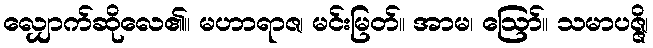
လျှောက်ဆိုလေ၏။ မဟာရာဇ၊ မင်းမြတ်။ အာမ၊ ဩော်။ သမာပဇ္ဇိ၊